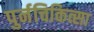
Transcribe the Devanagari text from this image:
पुर्नचिकित्सा